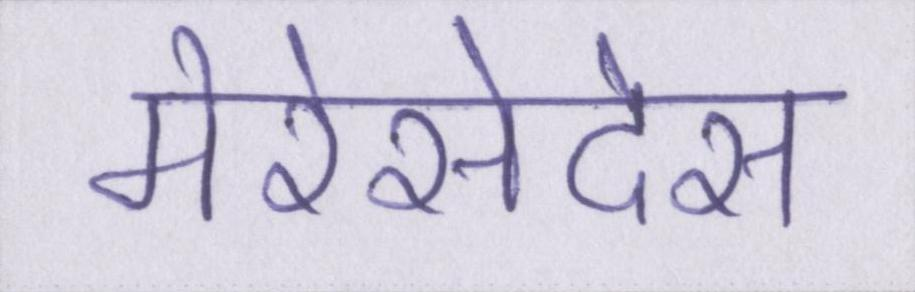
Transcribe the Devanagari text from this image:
मेरेसेदेस